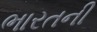
ભારતની